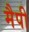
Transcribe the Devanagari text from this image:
मैपी